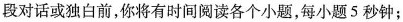
段对话或独白前，你将有时间阅读各个小题，每小题5秒钟；